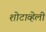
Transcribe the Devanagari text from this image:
शोटाव्हेली